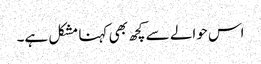
اس حوالے سے کچھ بھی کہنا مشکل ہے۔